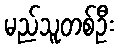
မည်သူတစ်ဦး